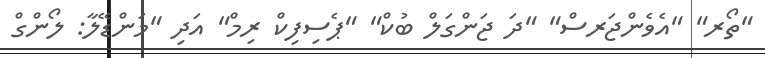
"ތޯރ" "އެވެންޖަރސް" "ދަ ޖަންގަލް ބުކް" "ޕެސިފިކް ރިމް" އަދި "މަންޑޭލާ: ލޯންގް